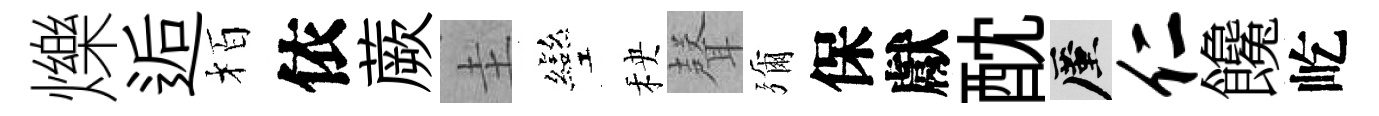
爍逅栢依蕨圭彎秧𮋻彌保獻酖厪仁饞屹